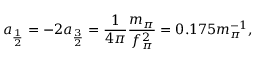
a _ { \frac { 1 } { 2 } } = - 2 a _ { \frac { 3 } { 2 } } = \frac { 1 } { 4 \pi } \frac { m _ { \pi } } { f _ { \pi } ^ { 2 } } = 0 . 1 7 5 m _ { \pi } ^ { - 1 } ,